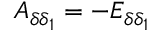
A _ { \delta \delta _ { 1 } } = - E _ { \delta \delta _ { 1 } }